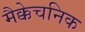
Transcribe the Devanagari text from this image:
मैक्केचनिक